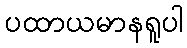
ပထာယမာနရူပါ